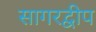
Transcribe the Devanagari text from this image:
सागरद्वीप